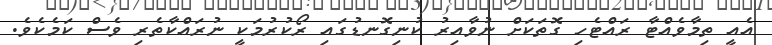
އެއީ ތިމާވެއްޓާ ރައްޓެހި ގޮތަކަށް ނުވާއިރު ކުނިގޮނޑުގައި ރޯކުރުމަކީ ނުރައްކާތެރި ވެސް ކަމެކެވެ.